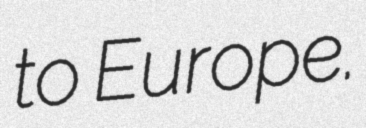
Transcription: to Europe.